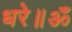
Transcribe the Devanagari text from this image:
धरे॥ॐ